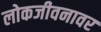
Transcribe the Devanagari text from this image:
लोकजीवनावर